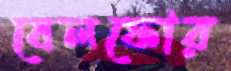
বেলফোর